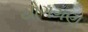
યોગગણ